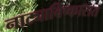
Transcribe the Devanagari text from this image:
नाट्याविष्कारात